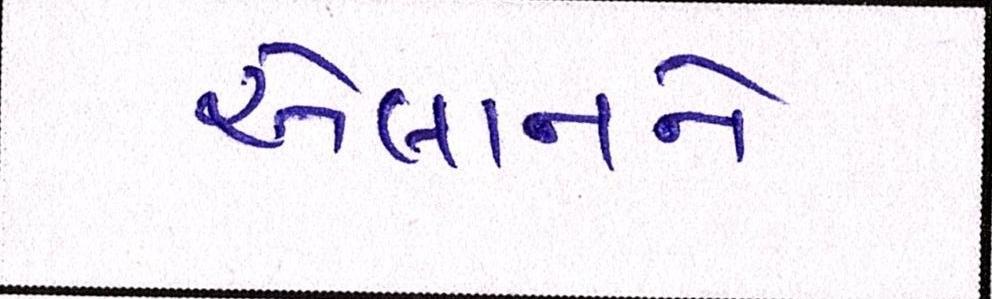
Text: એલાનને